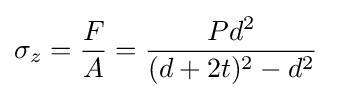
\sigma _{z}={\dfrac {F}{A}}={\dfrac {Pd^{2}}{(d+2t)^{2}-d^{2}}}\